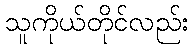
သူကိုယ်တိုင်လည်း